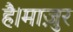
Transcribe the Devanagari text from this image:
है।माज़ुर